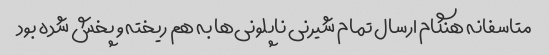
متاسفانه هنگام ارسال تمام شیرنی ناپلونی‌ها به هم ریخته و پخش شده بود